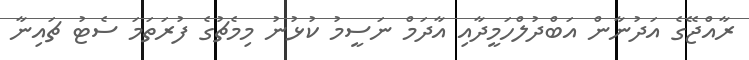
ރާއްޖޭގެ އަދުނާން އަބްދުލްހަމީދާއި އާދަމް ނަސީމު ކުޅުނު މިމެޗުގެ ފުރަތަމަ ސެޓު ޗައިނާ